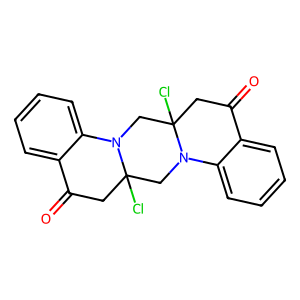
SMILES: O=C1CC2(Cl)CN3c4ccccc4C(=O)CC3(Cl)CN2c2ccccc21
Inhibits HIV replication: No